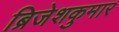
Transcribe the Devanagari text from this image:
ब्रिजेशकुमार